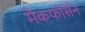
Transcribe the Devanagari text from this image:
मैकफॉर्सन